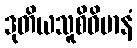
ဒုတိယသူစိဝိမာနံ